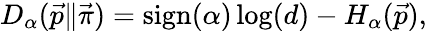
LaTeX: \begin{array}{r}{D_{\alpha}(\vec{p}\| \vec{\pi})=\mathrm{sign}(\alpha)\log(d)-H_{\alpha}(\vec{p}),}\end{array}